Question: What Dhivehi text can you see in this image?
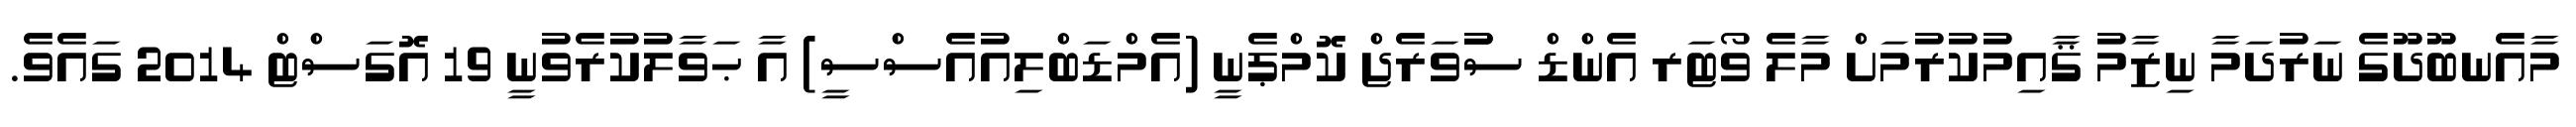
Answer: މާއެނބޫދޫގެ ނަރުދަމާ ނިޒާމު ޤާއިމުކުރުމަށް މާލެ ވޯޓަރ އެންޑް ސުުވަރެޖް ކޮމްޕެނީ (އެމްޑަބްލިއުއެސްސީ) އާ ޙަވާލުކުރެވުނީ 19 އޮގަސްޓް 2014 ގައެވެ.